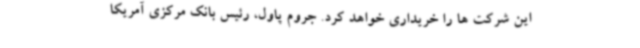
این شرکت ها را خریداری خواهد کرد. جروم پاول، رئیس بانک مرکزی آمریکا